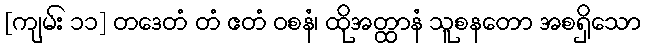
[ကျမ်း ၁၁] တဒေတံ တံ ဧတံ ဝစနံ၊ ထိုအတ္ထာနံ သူစနတော အစရှိသော